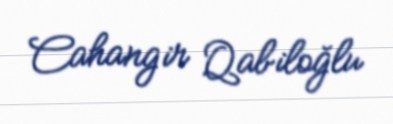
Cahangir Qabiloğlu